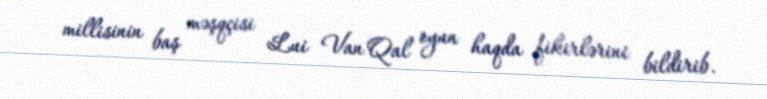
millisinin baş məşqçisi Lui Van Qal oyun haqda fikirlərini bildirib.